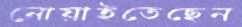
নোয়াইতেছেন